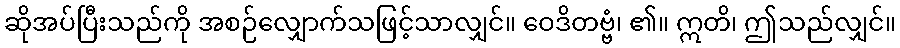
ဆိုအပ်ပြီးသည်ကို အစဉ်လျှောက်သဖြင့်သာလျှင်။ ဝေဒိတဗ္ဗံ၊ ၏။ ဣတိ၊ ဤသည်လျှင်။